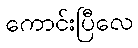
ကောင်းပြီလေ